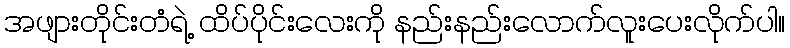
အဖျားတိုင်းတံရဲ့ ထိပ်ပိုင်းလေးကို နည်းနည်းလောက်လူးပေးလိုက်ပါ။